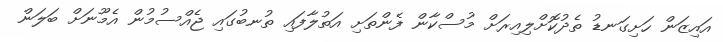
އައިޒަން ހަށިގަނޑު ތެދުކޮށްލިއިރަށް މުސްކާން ފެންތަށި އަތުލާފައި ތުނބުގައި ޖެއްސުމުން އެމޫނަށް ބަލަން